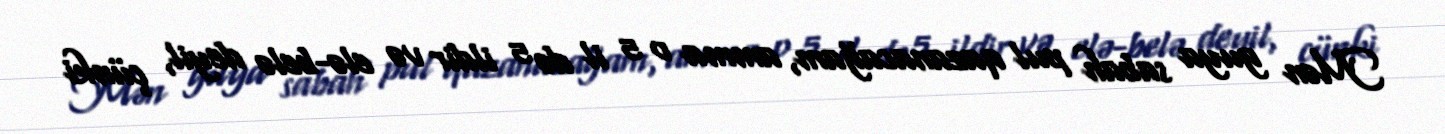
Mən guya sabah pul qazanacağam, amma o 5 il də 5 ildir və elə-belə deyil, çünki